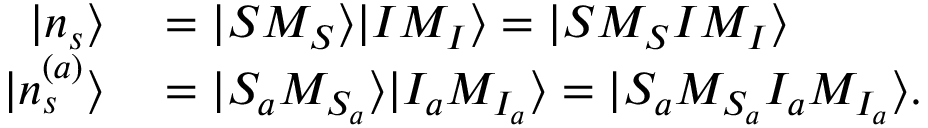
\begin{array} { r l } { | n _ { s } \rangle } & { { } = | S M _ { S } \rangle | I M _ { I } \rangle = | S M _ { S } I M _ { I } \rangle } \\ { | n _ { s } ^ { ( a ) } \rangle } & { { } = | S _ { a } M _ { S _ { a } } \rangle | I _ { a } M _ { I _ { a } } \rangle = | S _ { a } M _ { S _ { a } } I _ { a } M _ { I _ { a } } \rangle . } \end{array}